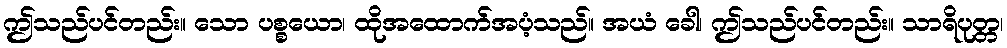
ဤသည်ပင်တည်း။ သော ပစ္စယော၊ ထိုအထောက်အပံ့သည်။ အယံ ခေါ၊ ဤသည်ပင်တည်း။ သာရိပုတ္တ၊